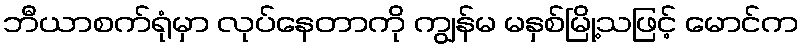
ဘီယာစက်ရုံမှာ လုပ်နေတာကို ကျွန်မ မနှစ်မြို့သဖြင့် မောင်က